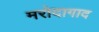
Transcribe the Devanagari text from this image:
मरोदागाद